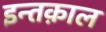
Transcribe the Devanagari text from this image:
इन्तक़ाल